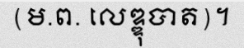
(ម.ព. លេឌ្ឌុបាត)។